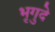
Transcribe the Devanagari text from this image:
भृगुदे